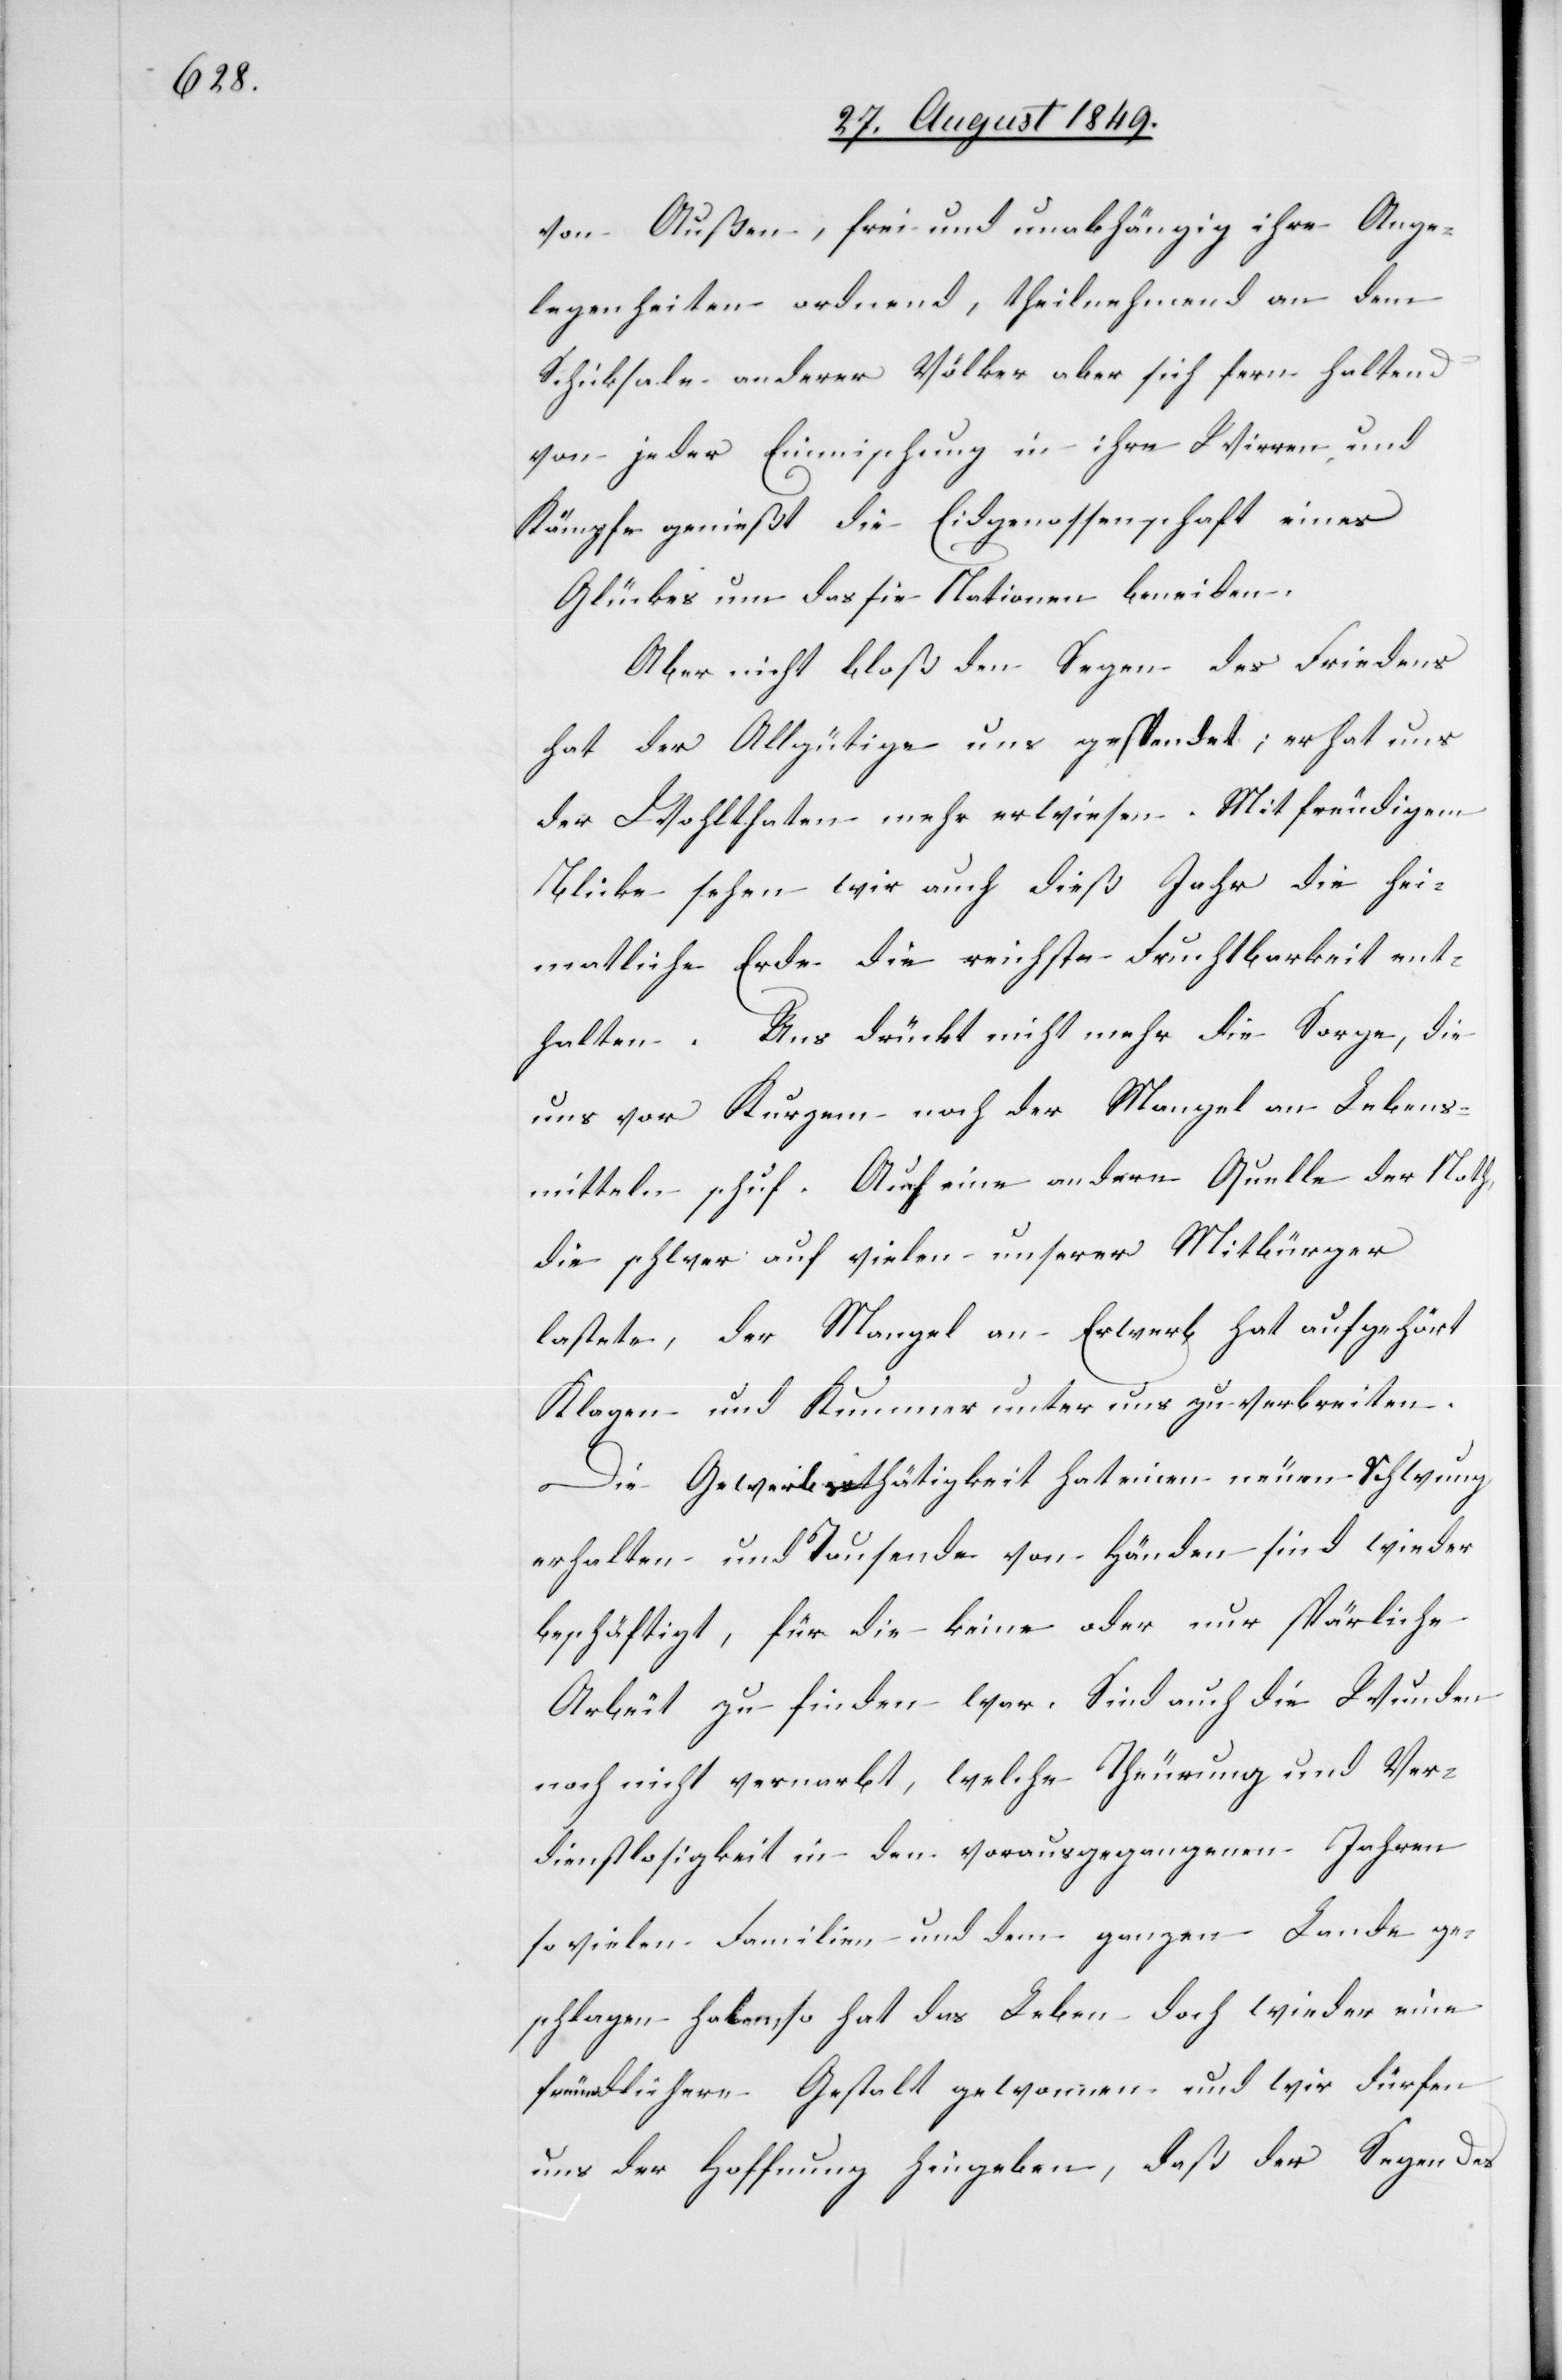
von Außen, frei und unabhängig ihre Ange¬
legenheiten ordnend, theilnehmend an dem
Schicksale anderer Völker aber sich fern haltend
von jeder Einmischung in ihre Wirren und
Kämpfe genießt die Eidgenossenschaft eines
Glückes um das sie Nationen beneiden.
Aber nicht bloß den Segen des Friedens
hat der Allgütige uns gespendet; er hat uns
der Wohlthaten mehr erwiesen. Mit freudigem
Blicke sehen wir auch dieß Jahr die hei¬
mathliche Erde die reichste Fruchtbarkeit ent¬
halten. Uns drückt nicht mehr die Sorge, die
uns vor Kurzem noch der Mangel an Lebens¬
mitteln schuf. Auch eine andere Quelle der Noth,
die schwer auf vielen unserer Mitbürger
lastete, der Mangel an Erwerb hat aufgehört
Klagen und Kummer unter uns zu verbreiten.
Die Gewerbthätigkeit hat einen neuen Schwung
erhalten und Tausende von Händen sind wieder
beschäftigt, für die keine oder nur spärliche
Arbeit zu finden war. Sind auch die Wunden
noch nicht vernarbt, welche Theurung und Ver¬
dienstlosigkeit in den vorausgegangenen Jahren
so vielen Familien und dem ganzen Lande ge¬
schlagen haben, so hat das Leben doch wieder eine
freundlichere Gestalt gewonnen und wir dürfen
uns der Hoffnung hingeben, daß der Segen des